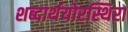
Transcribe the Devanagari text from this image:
शब्दार्थयोरस्थिरा